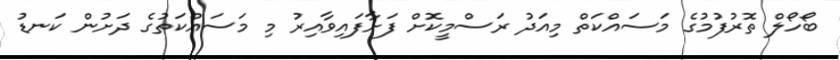
ބޯހޯލް ތޮރުފުމުގެ މަސައްކަތް މިއަދު ރަސްމީކޮށް ފަށާފައިވާއިރު މި މަސައްކަތުގެ ދަށުން ކަނޑު